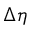
\Delta \eta